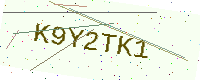
Text: K9Y2TK1